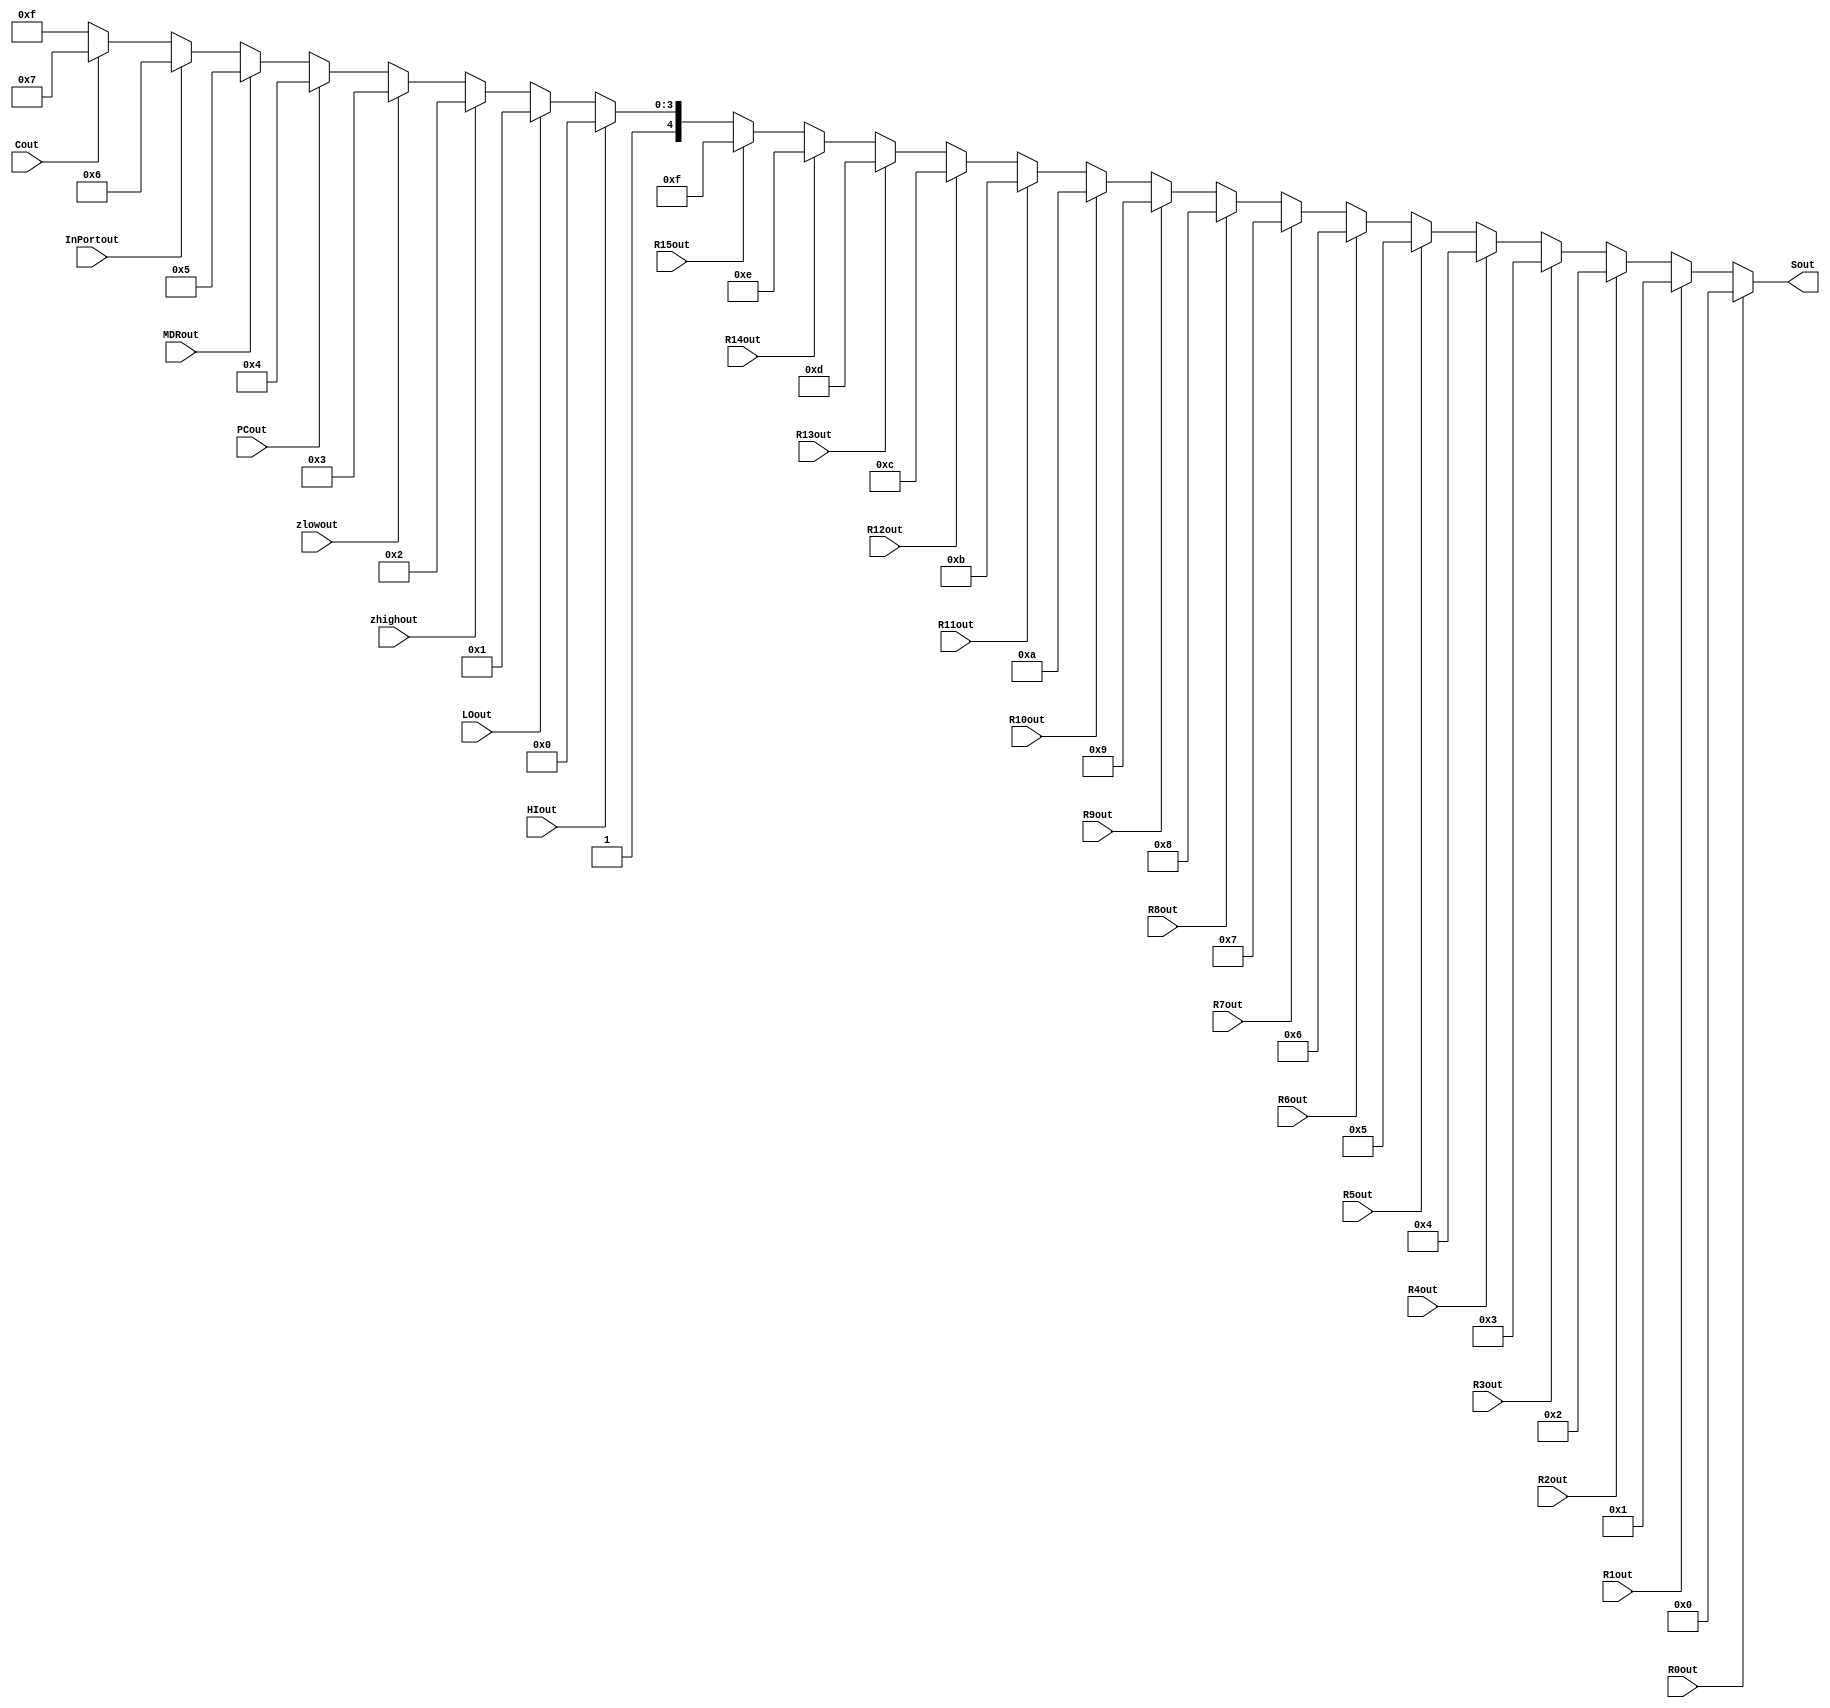
`timescale 1ns/10ps

module Encoder_32_to_5 (

  input R0out, R1out, R2out, R3out, R4out, R5out, R6out, R7out, R8out, R9out, R10out, R11out, R12out, R13out, R14out, R15out,

  input HIout, LOout, zhighout, zlowout, PCout, MDRout, InPortout, Cout,

  output reg [4:0] Sout);

/*
  Always block runs whenever any variable changes.
  Checks if input is equal to 1.
  Sets output var S equal to 5 bit value signifying which value is one.
*/

  always @ ( * )
  begin
    if (R0out == 1'b1)
      Sout <= 5'b0_0000;
    else if (R1out == 1'b1)
      Sout <= 5'b0_0001;
    else if (R2out == 1'b1)
      Sout <= 5'b0_0010;
    else if (R3out == 1'b1)
      Sout <= 5'b0_0011;
    else if (R4out == 1'b1)
      Sout <= 5'b0_0100;
    else if (R5out == 1'b1)
      Sout <= 5'b0_0101;
    else if (R6out == 1'b1)
      Sout <= 5'b0_0110;
    else if (R7out == 1'b1)
      Sout <= 5'b0_0111;
    else if (R8out == 1'b1)
      Sout <= 5'b0_1000;
    else if (R9out == 1'b1)
      Sout <= 5'b0_1001;
    else if (R10out == 1'b1)
      Sout <= 5'b0_1010;
    else if (R11out == 1'b1)
      Sout <= 5'b0_1011;
    else if (R12out == 1'b1)
      Sout <= 5'b0_1100;
    else if (R13out == 1'b1)
      Sout <= 5'b0_1101;
    else if (R14out == 1'b1)
      Sout <= 5'b0_1110;
    else if (R15out == 1'b1)
      Sout <= 5'b0_1111;

    else if (HIout == 1'b1)
      Sout <= 5'b1_0000;
    else if (LOout == 1'b1)
      Sout <= 5'b1_0001;
    else if (zhighout == 1'b1)
      Sout <= 5'b1_0010;
    else if (zlowout == 1'b1)
      Sout <= 5'b1_0011;
    else if (PCout == 1'b1)
      Sout <= 5'b1_0100;
    else if (MDRout == 1'b1)
      Sout <= 5'b1_0101;
    else if (InPortout == 1'b1)
      Sout <= 5'b1_0110;
    else if (Cout == 1'b1)
      Sout <= 5'b1_0111;
    else
      Sout <= 5'b1_1111;

  end

endmodule